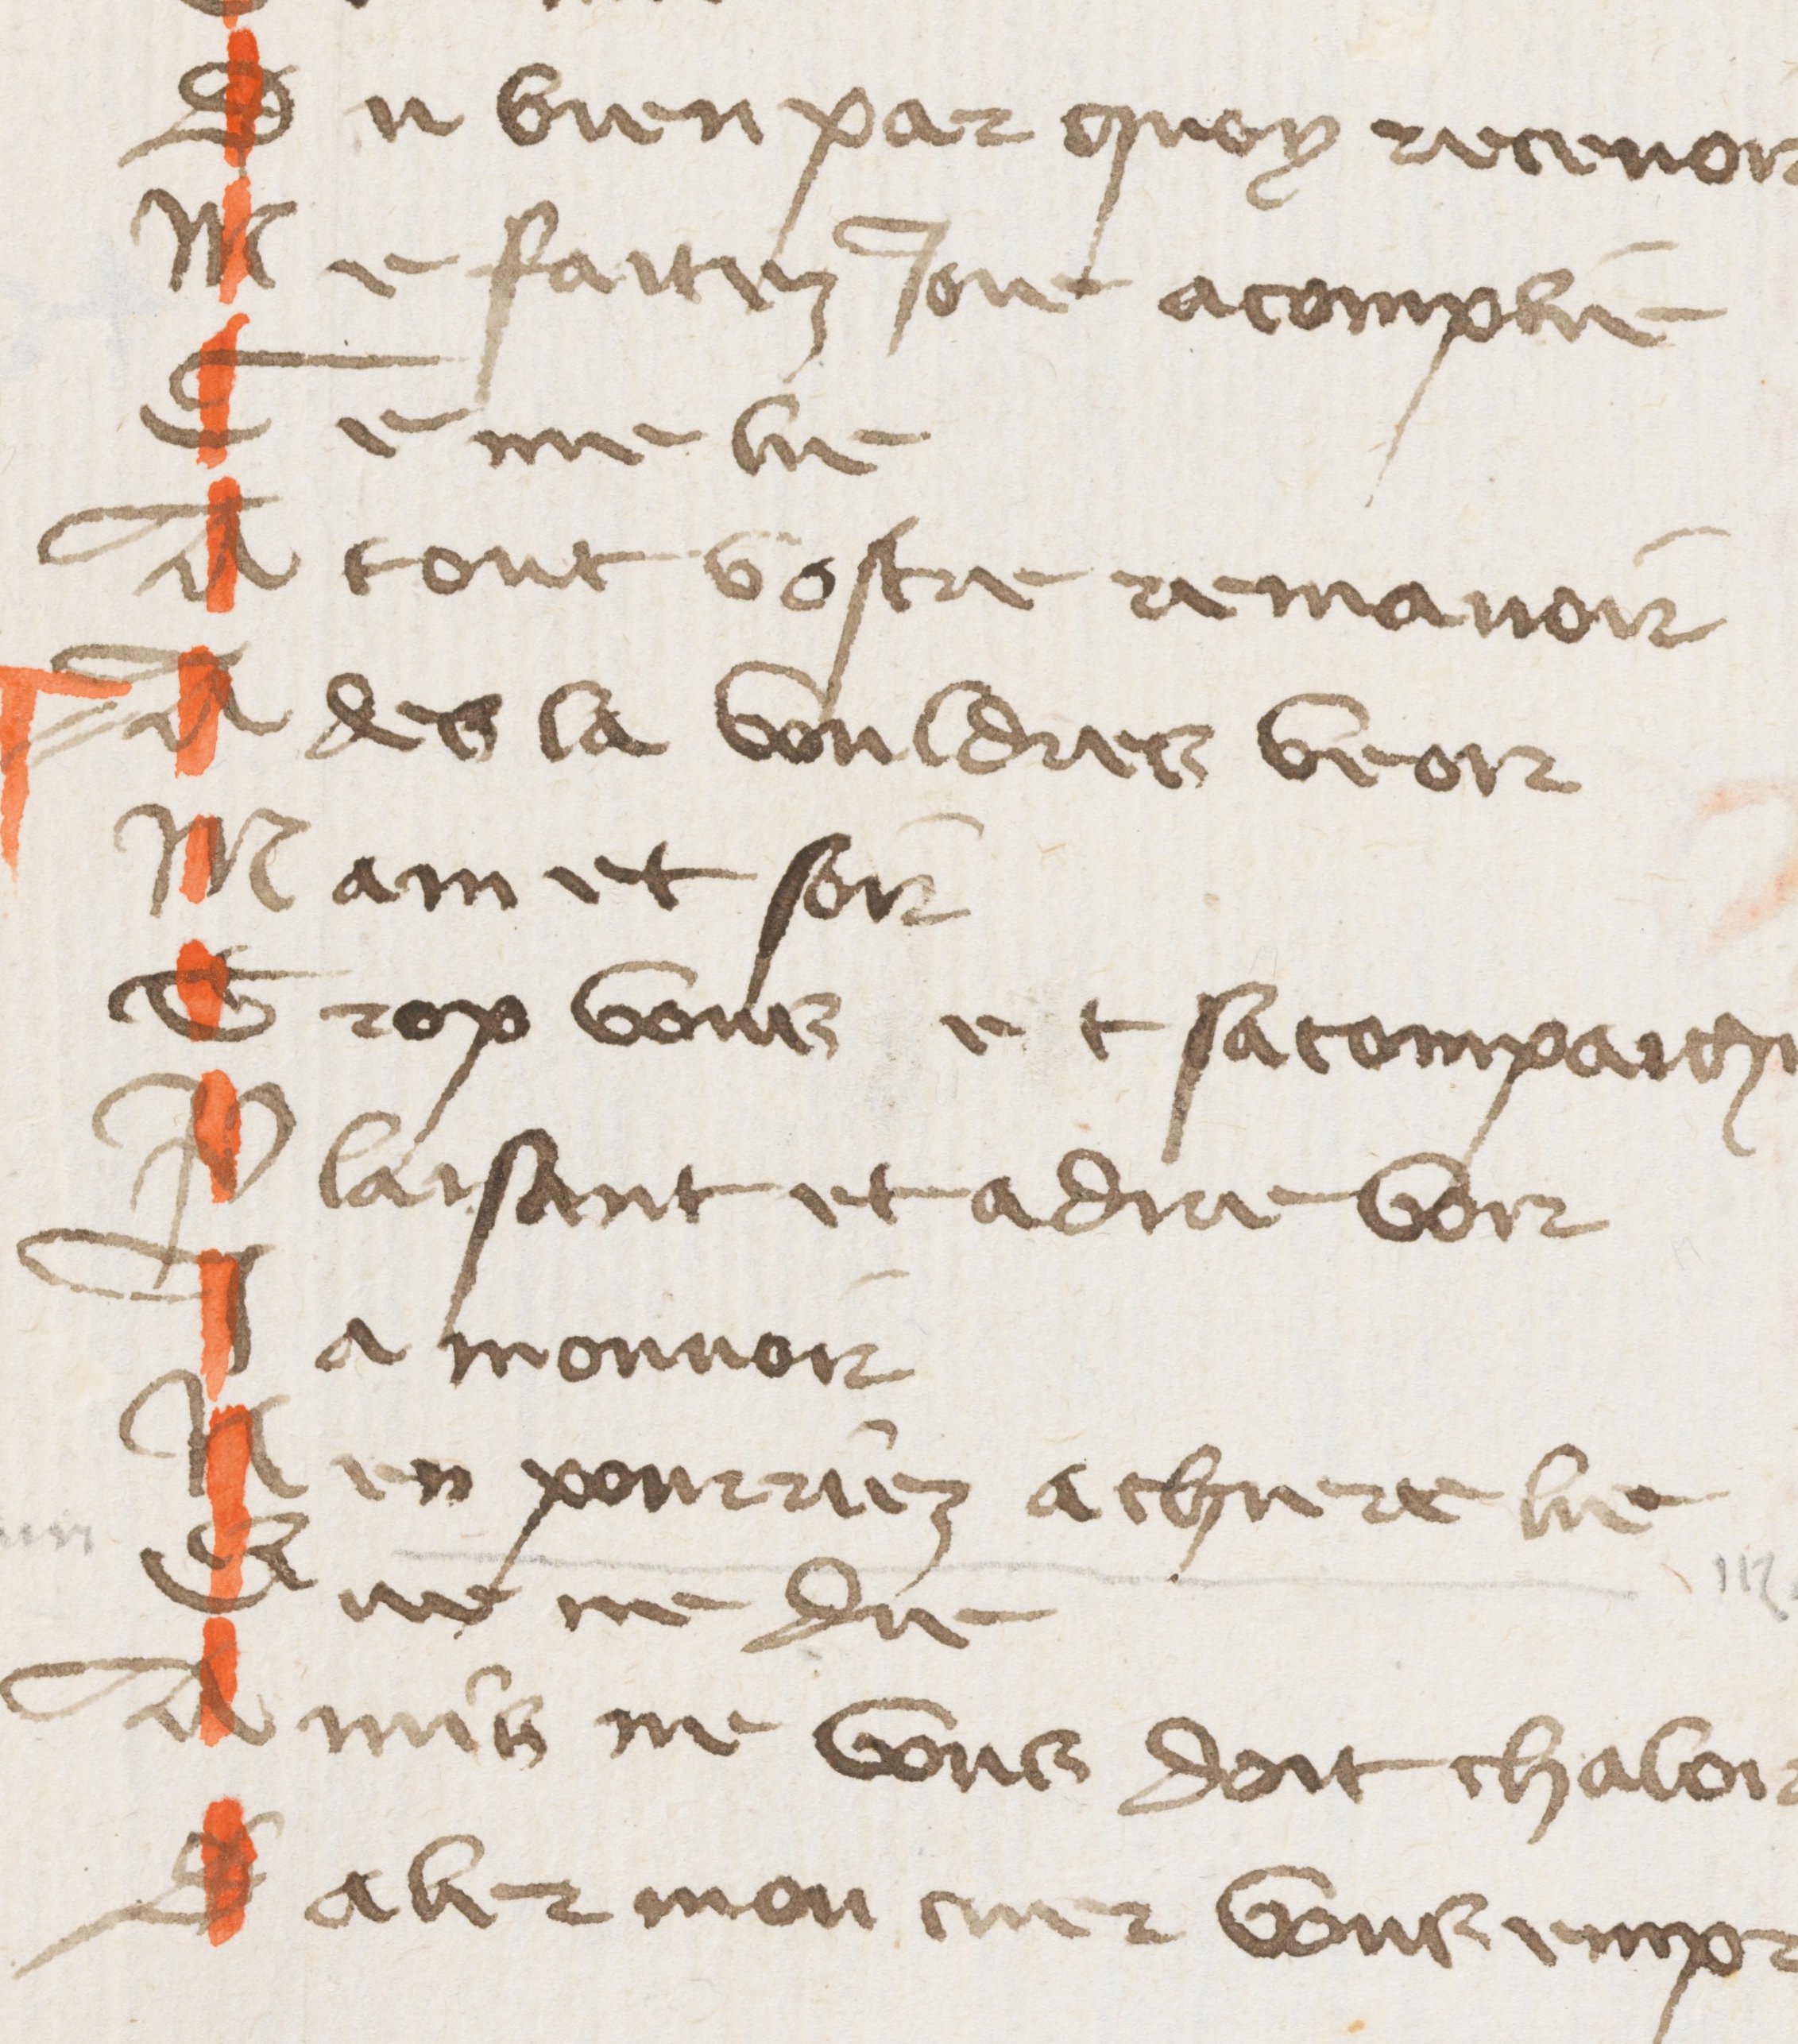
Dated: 1425–1435